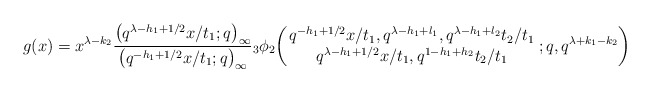
\begin{align*} g(x) & = x^{\lambda -k_2} \frac{\big( q^{\lambda -h_1 +1/2} x /t_1 ; q\big)_{\infty}}{\big( q^{ -h_1 +1/2} x /t_1 ; q\big)_{\infty}} {}_3\phi_2 \biggl(\!\! \begin{array}{c} q^{ -h_1 +1/2} x /t_1, q^{\lambda -h_1 + l_1},q^{\lambda -h_1 + l_2} t_2 /t_1 \\ q^{\lambda -h_1 +1/2} x /t_1, q^{ 1 -h_1 + h_2} t_2 / t_1 \end{array}\! ;q,q^{\lambda +k_1 -k_2} \biggr)\end{align*}